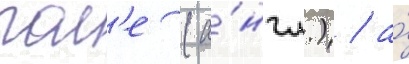
пол'е (а́нгл.) / а́